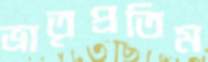
ভ্রাতৃপ্রতিম